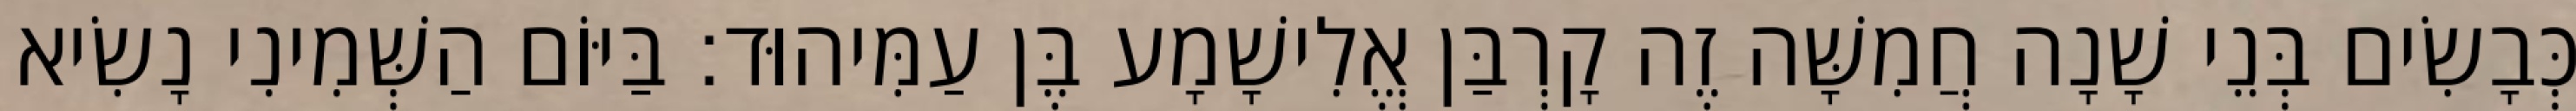
כְּבָשִׂים בְּנֵי שָׁנָה חֲמִשָּׁה זֶה קָרְבַּן אֱלִישָׁמָע בֶּן עַמִּיהוּד׃ בַּיּוֹם הַשְּׁמִינִי נָשִׂיא